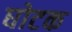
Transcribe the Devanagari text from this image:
घोटक